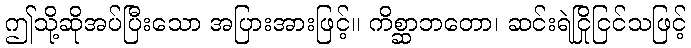
ဤသို့ဆိုအပ်ပြီးသော အပြားအားဖြင့်။ ကိစ္ဆာဘတော၊ ဆင်းရဲငြိုငြင်သဖြင့်